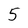
Character: 5